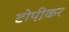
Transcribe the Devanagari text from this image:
टोपीकर